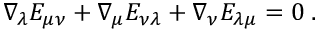
\nabla _ { \lambda } E _ { \mu \nu } + \nabla _ { \mu } E _ { \nu \lambda } + \nabla _ { \nu } E _ { \lambda \mu } = 0 \; .